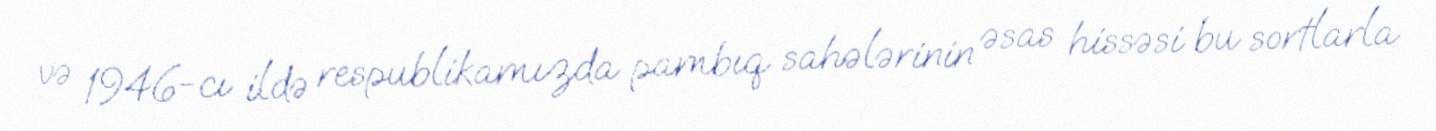
və 1946-cı ildə respublikamızda pambıq sahələrinin əsas hissəsi bu sortlarla